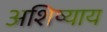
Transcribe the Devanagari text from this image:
अशिष्याय